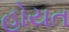
હોયત